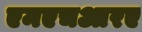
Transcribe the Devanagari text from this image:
एमएचआरए